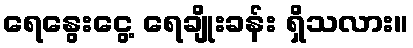
ရေနွေးငွေ့ ရေချိုးခန်း ရှိသလား။